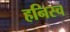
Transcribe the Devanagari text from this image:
हनिस्च